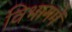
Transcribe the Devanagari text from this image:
विभागमें